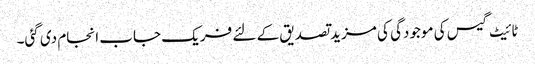
ٹائیٹ گیس کی موجودگی کی مزید تصدیق کے لئے فریک جاب انجام دی گئی۔